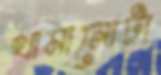
থামানোটা